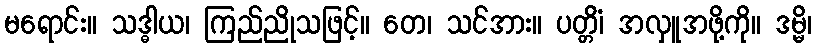
မရောင်း။ သဒ္ဓါယ၊ ကြည်ညိုသဖြင့်။ တေ၊ သင်အား။ ပတ္တိံ၊ အလှူအဖို့ကို။ ဒမ္မိ၊